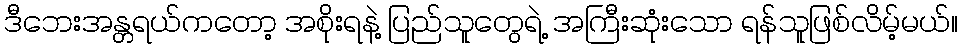
ဒီဘေးအန္တရယ်ကတော့ အစိုးရနဲ့ ပြည်သူတွေရဲ့ အကြီးဆုံးသော ရန်သူဖြစ်လိမ့်မယ်။